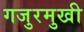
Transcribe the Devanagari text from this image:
गजुरमुखी